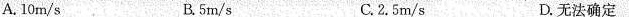
A.10m/s B.5m/s C.2.5m/s D.无法确定